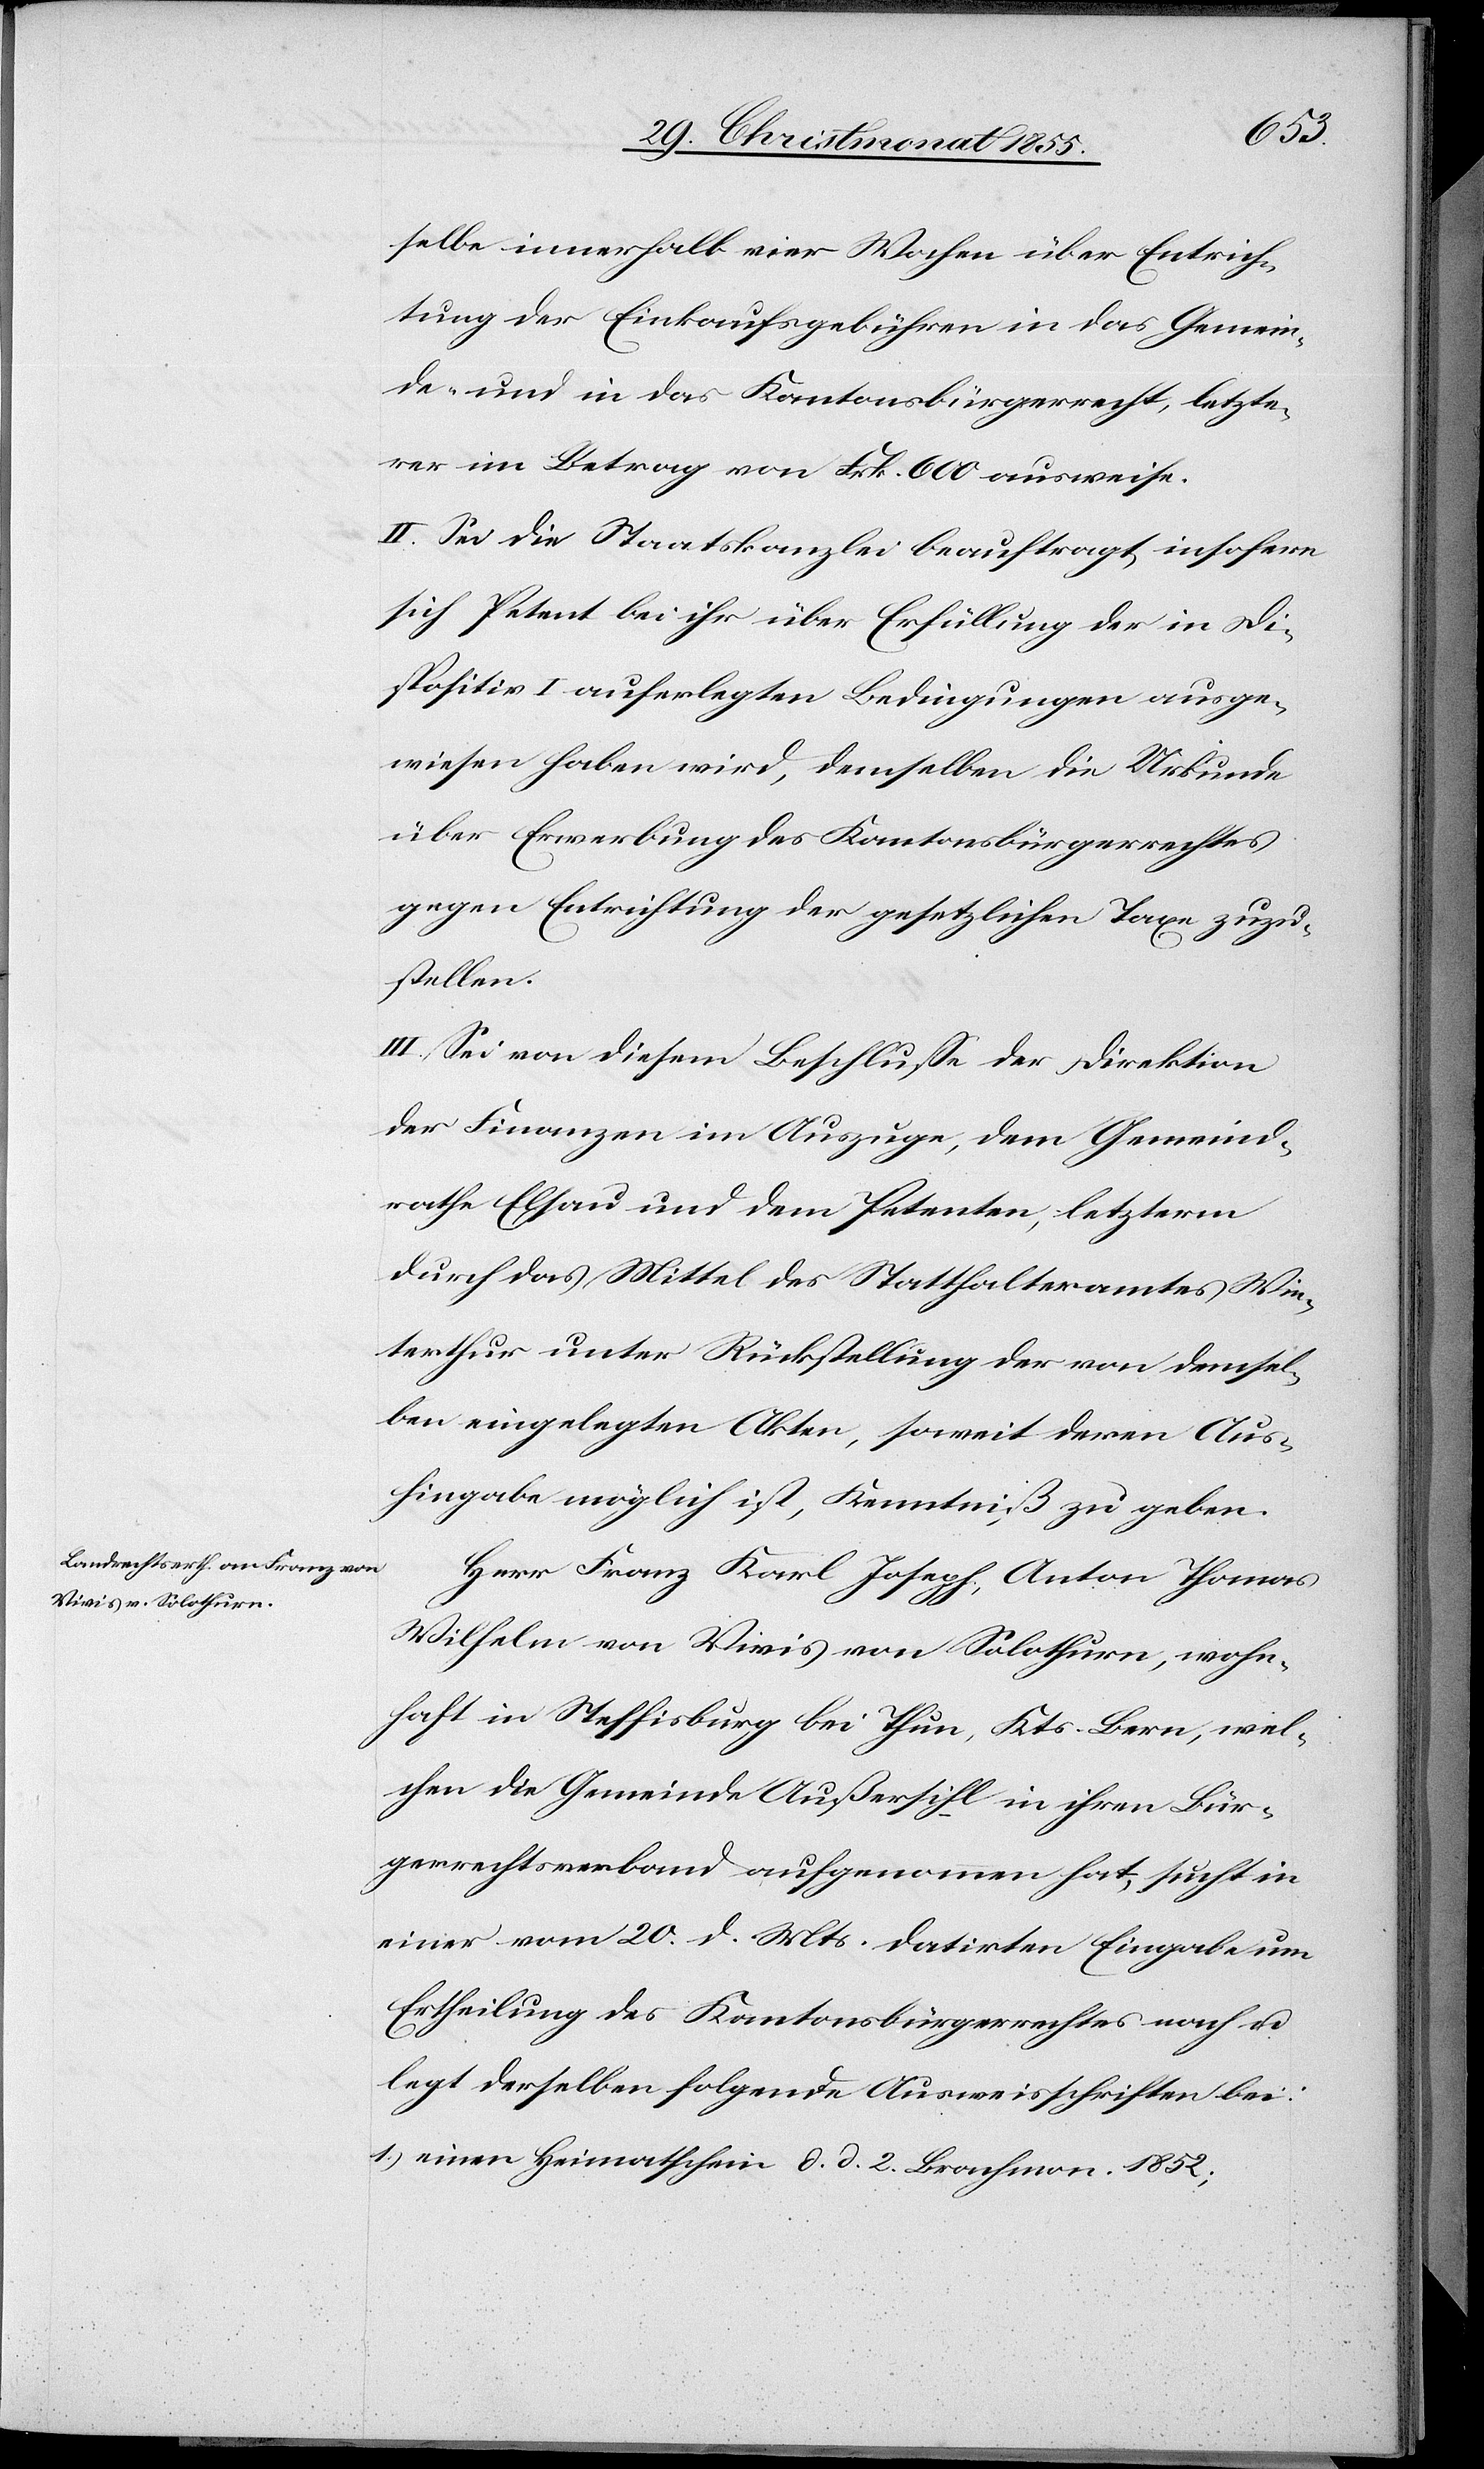
selbe innerhalb vier Wochen über Entrich¬
tung der Einkaufsgebühren in das Gemein¬
de- und in das Kantonsbürgerrecht, letzte¬
rer im Betrag von Frk. 600 ausweise.
II. Sei die Staatskanzlei beauftragt, insofern
sich Petent bei ihr über Erfüllung der in Di¬
spositiv I auferlegten Bedingungen ausge¬
wiesen haben wird, demselben die Urkunde
über Erwerbung des Kantonsbürgerrechtes
gegen Entrichtung der gesetzlichen Taxe zuzu¬
stellen.
III. Sei von diesem Beschlusse der Direktion
der Finanzen im Auszuge, dem Gemeind¬
rathe Elsau und dem Petenten, letzterm
durch das Mittel des Statthalteramtes Win¬
terthur unter Rückstellung der von demsel¬
ben eingelegten Akten, soweit deren Aus¬
hingabe möglich ist, Kenntniß zu geben.
Herr Franz Karl Joseph Anton Thomas
Wilhelm von Vivis von Solothurn, wohn¬
haft in Steffisburg bei Thun, Kts. Bern, wel¬
chen die Gemeinde Außersihl in ihren Bür¬
gerrechtsverband aufgenommen hat, sucht in
einer vom 20. d. Mts. datirten Eingabe um
Ertheilung des Kantonsbürgerrechtes nach u.
legt derselben folgende Ausweisschriften bei:
einen Heimatschein d. d. 2. Brachmon. 1852;